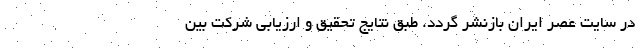
در سایت عصر ایران بازنشر گردد. طبق نتایج تحقیق و ارزیابی شرکت بین